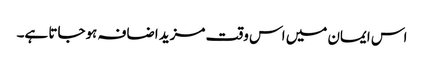
اس ایمان میں اس وقت مزید اضافہ ہوجاتا ہے۔